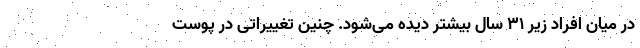
در میان افراد زیر ۳۱ سال بیشتر دیده می‌شود. چنین تغییراتی در پوست